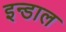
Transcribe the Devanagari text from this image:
इन्डाल